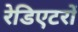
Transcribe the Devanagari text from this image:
रेडिएटरों